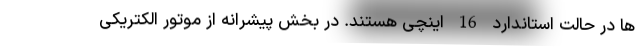
ها در حالت استاندارد 16 اینچی هستند. در بخش پیشرانه از موتور الکتریکی